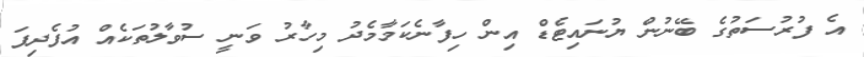
އެ ފުރުސަތުގެ ބޭނުން ޔުނައިޓެޑް އިން ހިފާނެކަމާމެދު މިހާރު ވަނީ ސުވާލުތަކެއް އުފެދިފަ